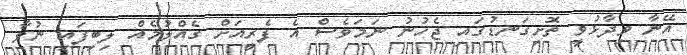
އޭނާ ވިދާޅުވީ ތޮށިގަނޑުގައި ޖެހުނު ނަމަވެސް އެ ފެރީއަށް ގެއްލުމެއް ލިބިފައި ނުވާ